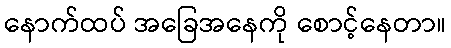
နောက်ထပ် အခြေအနေကို စောင့်နေတာ။